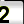
Digit: 2